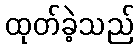
ထုတ်ခဲ့သည်